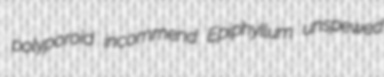
polyporoid incommend Epiphyllum unspewed